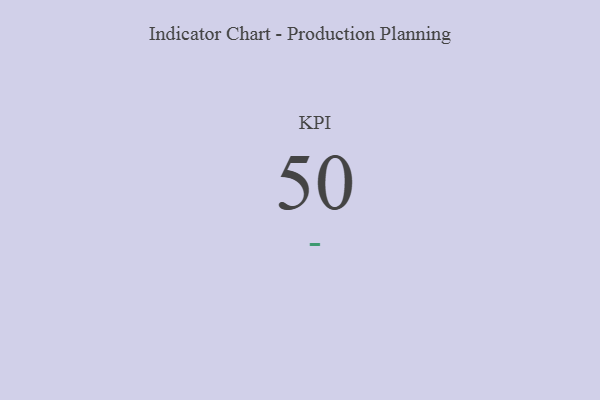
{"axis": {"x": "KPI", "y": "Value"}, "legend": [""], "data": [{"x": "KPI", "y": 50, "type": ""}]}